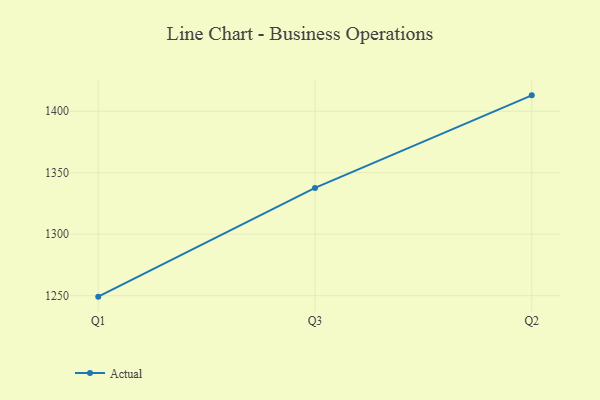
{"axis": {"x": "Quarter", "y": "Active Users"}, "legend": ["Actual"], "data": [{"x": "Q1", "y": 1249.2, "type": "Actual"}, {"x": "Q3", "y": 1337.6, "type": "Actual"}, {"x": "Q2", "y": 1412.9, "type": "Actual"}]}